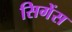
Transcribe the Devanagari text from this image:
सिगेंस